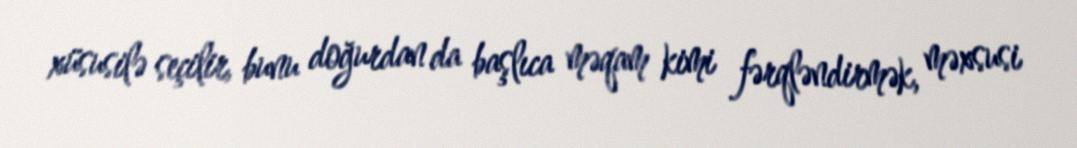
xüsusilə seçilir, bunu doğurdan da başlıca məqam kimi fərqləndirmək, məxsusi